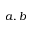
a , b